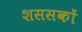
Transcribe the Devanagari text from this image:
शससकों